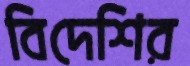
বিদেশির